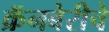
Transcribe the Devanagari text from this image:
क्रॅनबेरीचे